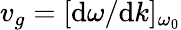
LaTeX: v_{g}=[\mathrm{d}\omega/\mathrm{d}k]_{\omega_{0}}